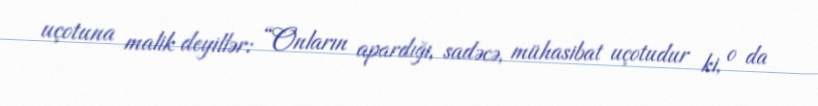
uçotuna malik deyillər: “Onların apardığı, sadəcə, mühasibat uçotudur ki, o da